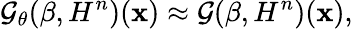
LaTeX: \mathcal{G}_{\theta}(\beta,H^{n})(\mathbf{x})\approx\mathcal{G}(\beta,H^{n})(\mathbf{x}),